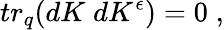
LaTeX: tr_{q}(dK\; dK^{\epsilon})=0\; ,